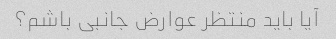
آیا باید منتظر عوارض جانبی باشم؟